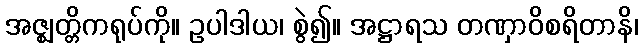
အဇ္ဈတ္တိကရုပ်ကို။ ဥပါဒါယ၊ စွဲ၍။ အဋ္ဌာရသ တဏှာဝိစရိတာနိ၊